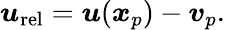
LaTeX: \begin{array}{r}{\boldsymbol{u}_{\mathrm{rel}}=\boldsymbol{u}(\boldsymbol{x}_{p})-\boldsymbol{v}_{p}.}\end{array}